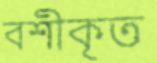
বশীকৃত